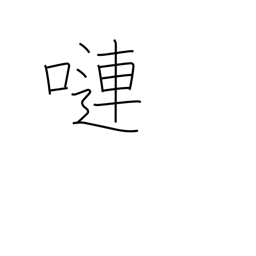
Meaning: voluble